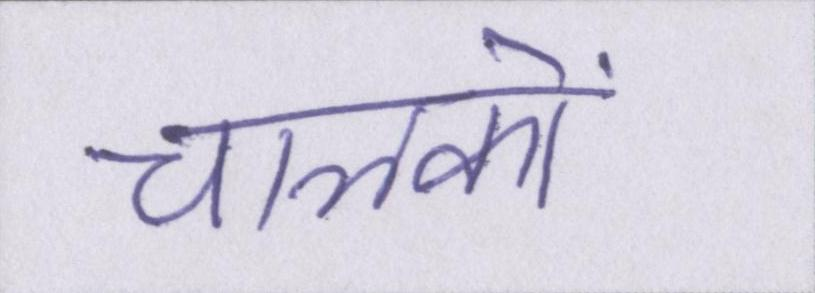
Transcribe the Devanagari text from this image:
चालकों